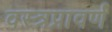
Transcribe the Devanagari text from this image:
वस्त्रप्रावर्ण